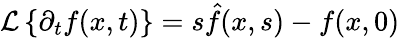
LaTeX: \mathcal{L}\left\{ \partial_{t}f(x,t)\right\} =s\hat{f}(x,s)-f(x,0)